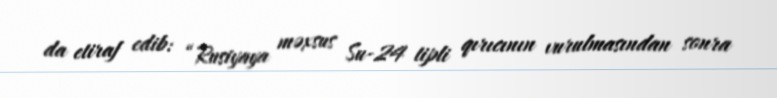
da etiraf edib: “Rusiyaya məxsus Su-24 tipli qırıcının vurulmasından sonra